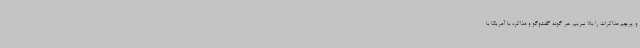
و پرچم مذاکرات را بالا نبریم. هر گونه گفت‌وگو و مذاکره با آمریکا با